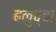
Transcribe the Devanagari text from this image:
बलुच्चा